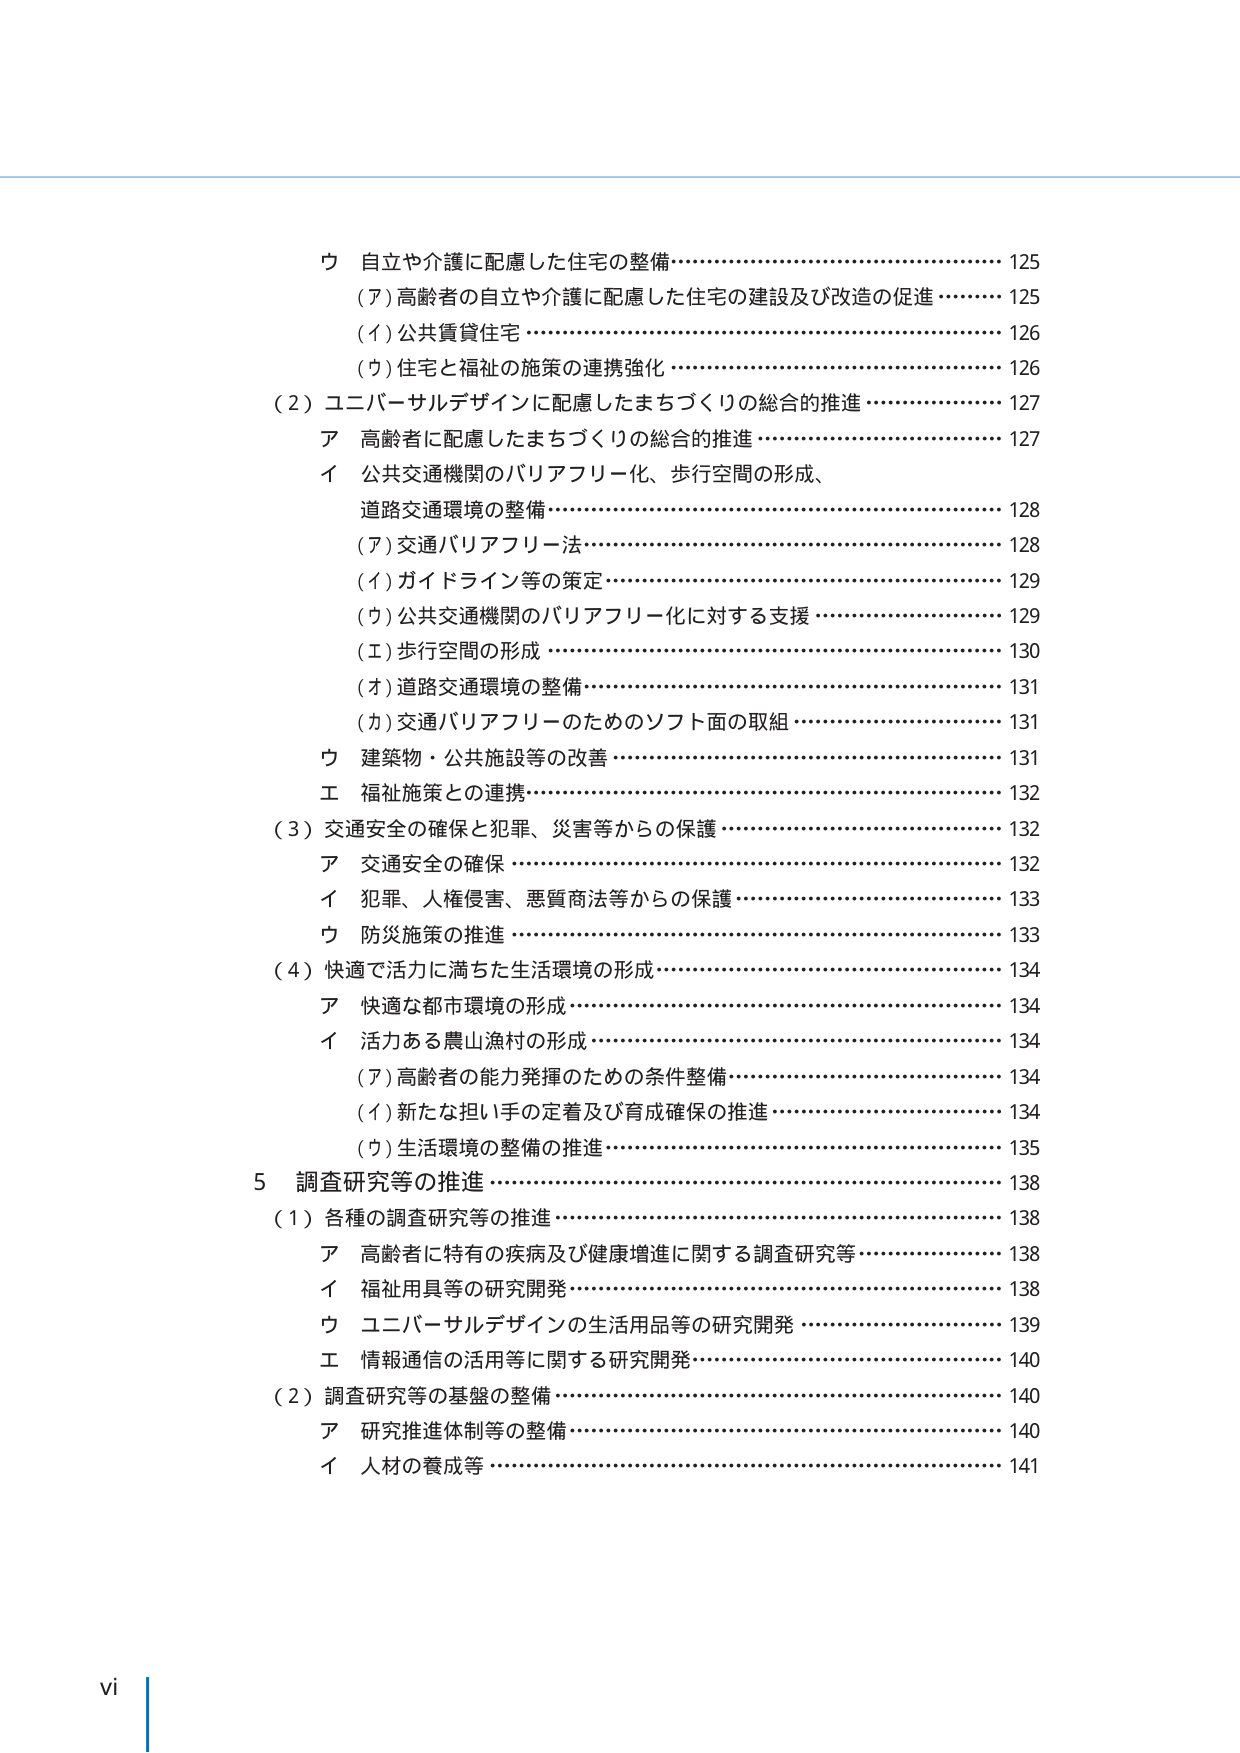
ウ 自立や介護に配慮した住宅の整備……………………………………… 125
（ア）高齢者の自立や介護に配慮した住宅の建設及び改造の促進 ………… 125
（イ）公共賃貸住宅 …………………………………………………………… 126
（ウ）住宅と福祉の施策の連携強化 ………………………………………… 126
（２）ユニバーサルデザインに配慮したまちづくりの総合的推進 …………… 127
ア 高齢者に配慮したまちづくりの総合的推進 …………………………… 127
イ 公共交通機関のバリアフリー化、歩行空間の形成、
道路交通環境の整備 ………………………………………………………… 128
（ア）交通バリアフリー法 …………………………………………………… 128
（イ）ガイドライン等の策定 ………………………………………………… 129
（ウ）公共交通機関のバリアフリー化に対する支援 ……………………… 129
（エ）歩行空間の形成 ………………………………………………………… 130
（オ）道路交通環境の整備 …………………………………………………… 131
（カ）交通バリアフリーのためのソフト面の取組 ………………………… 131
ウ 建築物・公共施設等の改善 ……………………………………………… 131
エ 福祉施策との連携 ………………………………………………………… 132
（３）交通安全の確保と犯罪、災害等からの保護 ………………………… 132
ア 交通安全の確保 …………………………………………………………… 132
イ 犯罪、人権侵害、悪質商法等からの保護 ……………………………… 133
ウ 防災施策の推進 …………………………………………………………… 133
（４）快適で活力に満ちた生活環境の形成 ………………………………… 134
ア 快適な都市環境の形成 …………………………………………………… 134
イ 活力ある農山漁村の形成 ………………………………………………… 134
（ア）高齢者の能力発揮のための条件整備 ……………………………… 134
（イ）新たな担い手の定着及び育成確保の推進 ………………………… 134
（ウ）生活環境の整備の推進 ……………………………………………… 135
５ 調査研究等の推進 ………………………………………………………… 138
（１）各種の調査研究等の推進 ……………………………………………… 138
ア 高齢者に特有の疾病及び健康増進に関する調査研究等 ……………… 138
イ 福祉用具等の研究開発 …………………………………………………… 138
ウ ユニバーサルデザインの生活用品等の研究開発 ……………………… 139
エ 情報通信の活用等に関する研究開発 …………………………………… 140
（２）調査研究等の基盤の整備 ……………………………………………… 140
ア 研究推進体制等の整備 …………………………………………………… 140
イ 人材の養成等 ……………………………………………………………… 141
vi